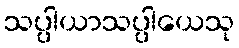
သပ္ပါယာသပ္ပါယေသု